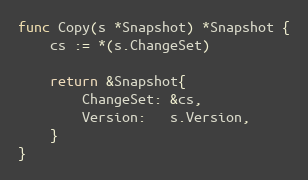
Language: Go
func Copy(s *Snapshot) *Snapshot {
	cs := *(s.ChangeSet)

	return &Snapshot{
		ChangeSet: &cs,
		Version:   s.Version,
	}
}